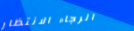
الرجاء الانتظار